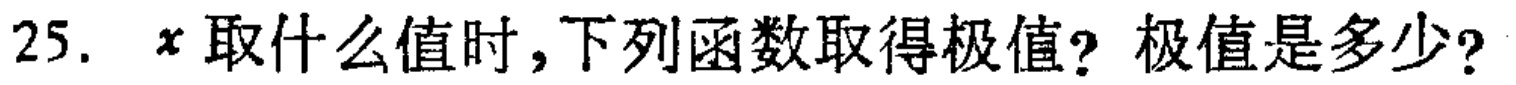
25. \(x\)取什么值时，下列函数取得极值？极值是多少？